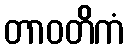
တာဝတိကံ